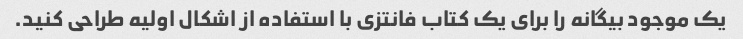
یک موجود بیگانه را برای یک کتاب فانتزی با استفاده از اشکال اولیه طراحی کنید.